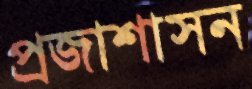
প্রজাশাসন